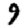
Digit: 9